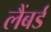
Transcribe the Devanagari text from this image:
लैंबर्ड